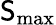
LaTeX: \mathsf{S}_{\mathrm{{max}}}